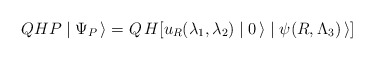
\begin{align*}QHP \mid \Psi_P\, \rangle = Q \, H [u_R(\lambda_1,\lambda_2) \mid 0 \, \rangle \mid \psi (R, \Lambda_3) \, \rangle] \hspace{1.5in}\end{align*}